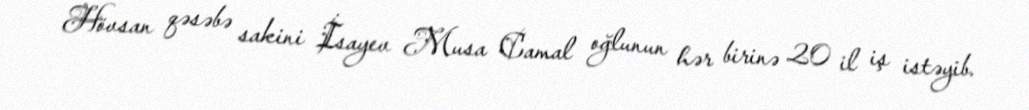
Hövsan qəsəbə sakini İsayev Musa Camal oğlunun hər birinə 20 il iş istəyib.